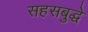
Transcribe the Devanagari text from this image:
सहसबुद्धे